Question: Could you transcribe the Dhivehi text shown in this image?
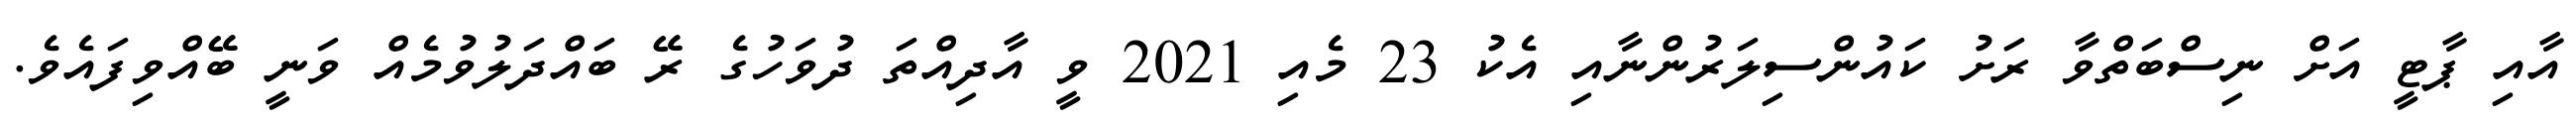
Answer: އާއި ޕާޓީ އަށް ނިސްބަތްވާ ރަށު ކައުންސިލަރުންނާއި އެކު 23 މެއި 2021 ވީ އާދިއްތަ ދުވަހުގެ ރޭ ބައްދަލުވުމެއް ވަނީ ބޭއްވިފައެވެ.